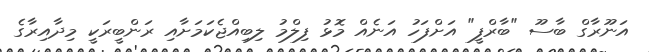
އަނޫރާގް ބާސޫ "ބާރްފީ" އަށްފަހު އަނެއް މޮޅު ފިލްމު ލިބިއްޖެކަމަށާއި ރަންބީރަކީ މިދާއިރާގެ